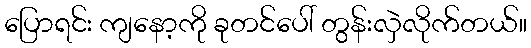
ပြောရင်း ကျနော့ကို ခုတင်ပေါ် တွန်းလှဲလိုက်တယ်။